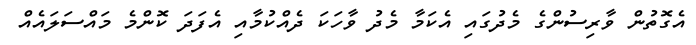
އެގޮތުން ވާރިސުންގެ މެދުގައި އެކަމާ މެދު ވާހަކަ ދެއްކުމާއި އެފަދަ ކޮންމެ މައްސަލައެއް